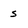
Character: s